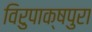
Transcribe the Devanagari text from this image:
विरुपाक्षपुरा